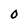
Character: 0